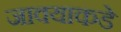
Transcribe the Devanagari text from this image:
जावयाकडे